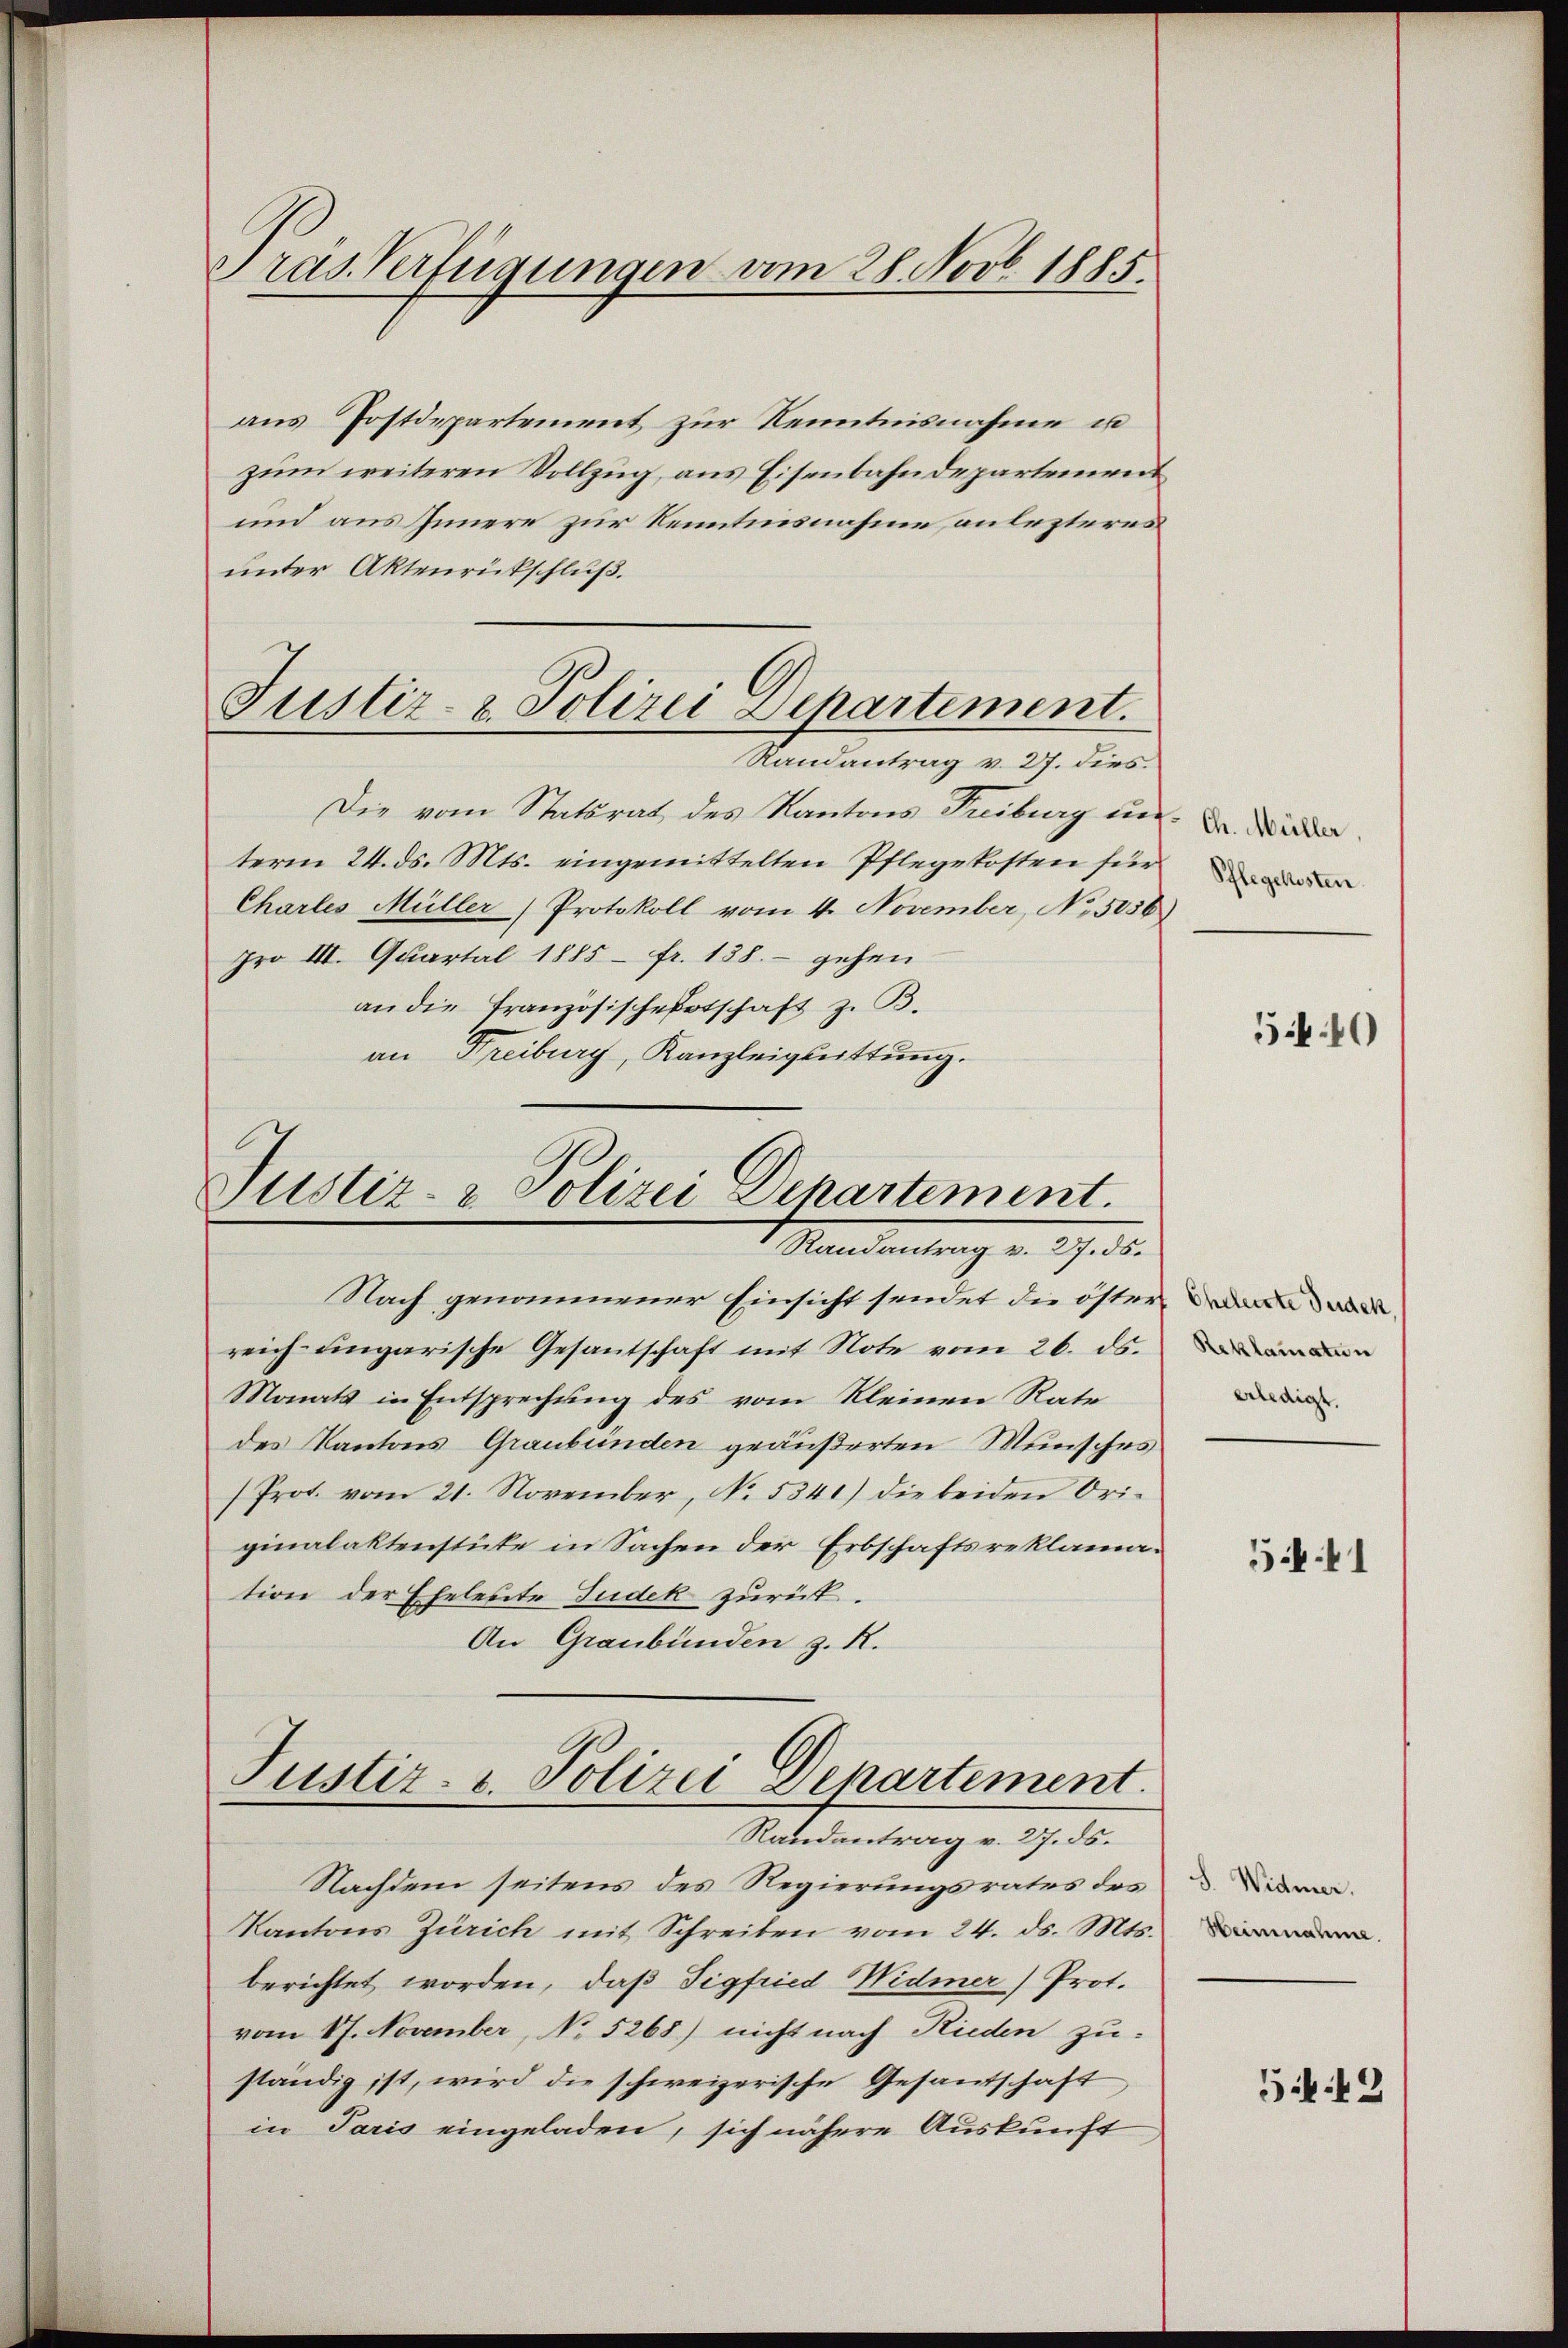
Pras Verfügungen vom 28. Novb. 1885.

aus Postdepartement zur Kenntnisnahme u
zŭm weiteren Vollzug aus Eisenbahndepartement
und aus Innere zur Kenntnisnahme anlezteres
unter Aktenrückschluß.
Die vom Statsrat des Kantons Freiburg in Wider
term 24. ds. Mts. eingemittelten Pflegekosten für
Charles Müller (Protokoll vom 4. November, No 5056)
pro III. Quartal 1885 - fr. 138.- gehen
an die Tranzösischepotschaft z. B.
an Freiburg, Kanzleiguittung.

Justiz- & Polizei Departement.
Randantrag v. 27. dies

Justiz- & Polizei Departement.
Randantrag v. 27. ds.

Nach genommener Einsicht sendet die östern w
reich-ungarische Gesantschaft mit Note vom 26. ds.
Monats in Entsprechung des vom Kleinen Rate
des Kantons Graubünden geäußerten Wunsches
(Prot. vom 21. November, No. 5341) die beiden Originalaktenstüke in Sachen der Erbschaftsreklamation der Eheleute Judek zurück.
An Graubünden z. R.

Justiz- u. Polizei Departement.
Randantrag v. 27. ds.

Nachdem seitens des Regierungsrates des
Kantons Zürich mit Schreiben vom 24. ds. Mts.
berichtet worden, daß Tigfried Widmer) Prot.
vom 17. November, No 5268) nicht nach Rieden zu-
ständig ist, wird die schweizerische Gesandschaft
in Paris eingeladen, sich nähere Auskunft

Pflegelesten.

540

Reklamatin
erledigt.

541

S. Widmer.
Heinnahme.

54. 42